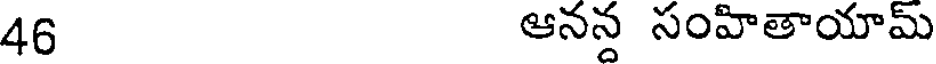
46 ఆనన్ద సంహితాయామ్